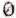
0